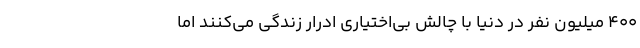
۴۰۰ میلیون نفر در دنیا با چالش بی‌اختیاری ادرار زندگی می‌کنند اما